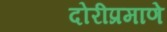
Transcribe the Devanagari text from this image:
दोरीप्रमाणे